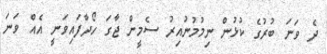
ދެ ވަނަ ބުރުގެ ކުޅުން ނިމުމުނުއިރު ސެމީން ޖާގަ ހޯދާފައިވަނީ އެއް ވަނަ